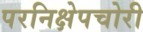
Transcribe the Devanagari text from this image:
परनिक्षेपचोरी